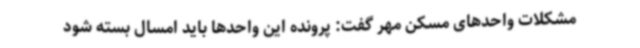
مشکلات واحدهای مسکن مهر گفت: پرونده این واحدها باید امسال بسته شود